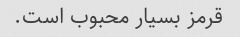
قرمز بسیار محبوب است.